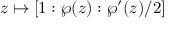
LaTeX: z \mapsto [ 1 : \wp ( z ) : \wp ^ { \prime } ( z ) / 2 ]